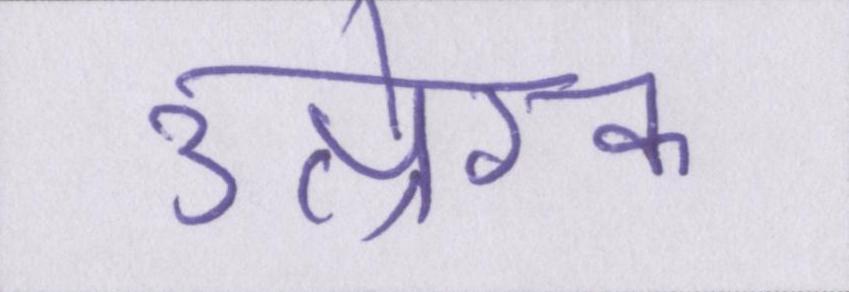
उत्प्रेरक